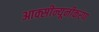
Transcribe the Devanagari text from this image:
आक्सीन्यूनीकरण